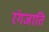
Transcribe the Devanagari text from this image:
रंगजाति